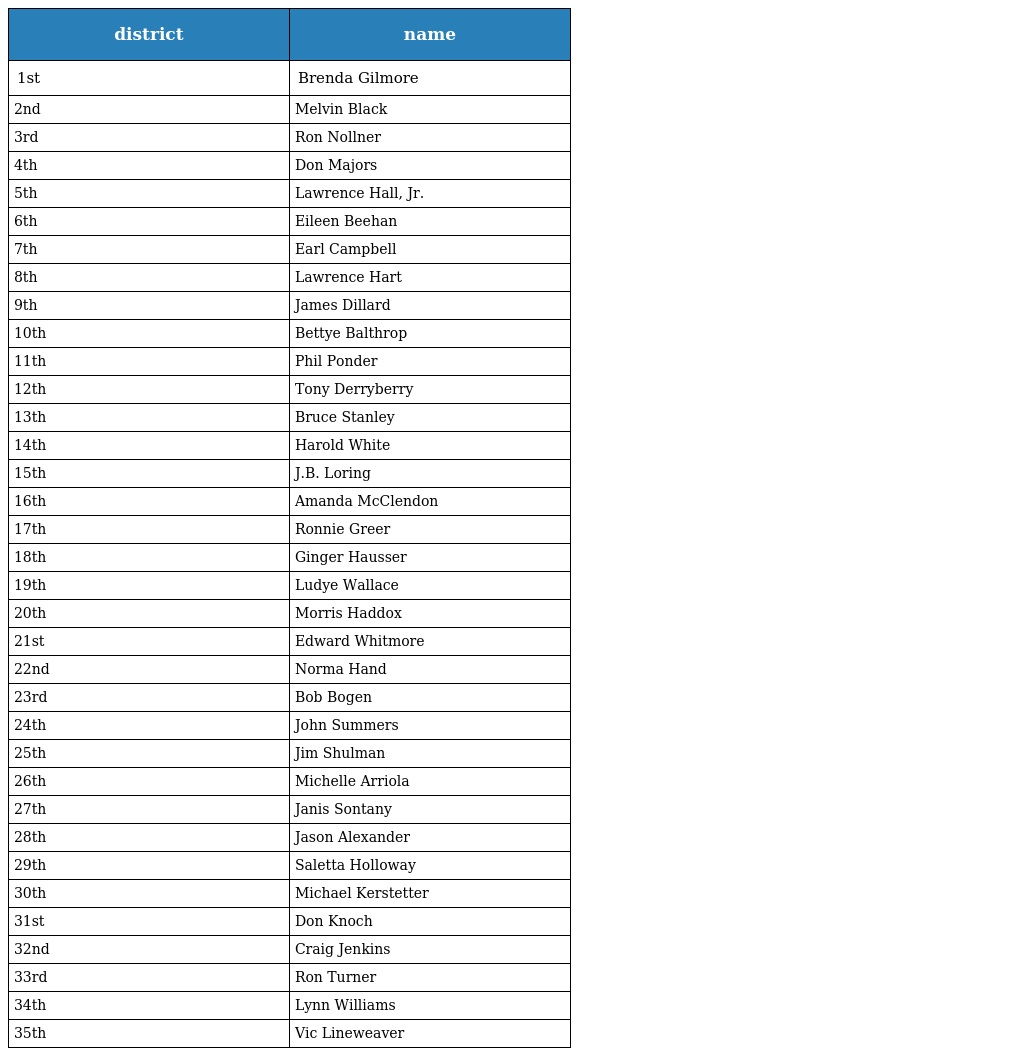
| district | name |
 | --- | --- |
 | 1st | Brenda Gilmore |
 | 2nd | Melvin Black |
 | 3rd | Ron Nollner |
 | 4th | Don Majors |
 | 5th | Lawrence Hall, Jr. |
 | 6th | Eileen Beehan |
 | 7th | Earl Campbell |
 | 8th | Lawrence Hart |
 | 9th | James Dillard |
 | 10th | Bettye Balthrop |
 | 11th | Phil Ponder |
 | 12th | Tony Derryberry |
 | 13th | Bruce Stanley |
 | 14th | Harold White |
 | 15th | J.B. Loring |
 | 16th | Amanda McClendon |
 | 17th | Ronnie Greer |
 | 18th | Ginger Hausser |
 | 19th | Ludye Wallace |
 | 20th | Morris Haddox |
 | 21st | Edward Whitmore |
 | 22nd | Norma Hand |
 | 23rd | Bob Bogen |
 | 24th | John Summers |
 | 25th | Jim Shulman |
 | 26th | Michelle Arriola |
 | 27th | Janis Sontany |
 | 28th | Jason Alexander |
 | 29th | Saletta Holloway |
 | 30th | Michael Kerstetter |
 | 31st | Don Knoch |
 | 32nd | Craig Jenkins |
 | 33rd | Ron Turner |
 | 34th | Lynn Williams |
 | 35th | Vic Lineweaver |